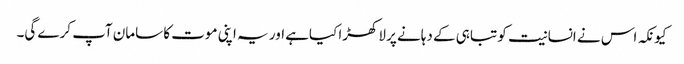
کیونکہ اس نے انسانیت کو تباہی کے دہانے پر لاکھڑا کیاہے اور یہ اپنی موت کا سامان آپ کرے گی۔